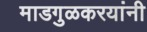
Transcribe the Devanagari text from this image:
माडगुळकरयांनी